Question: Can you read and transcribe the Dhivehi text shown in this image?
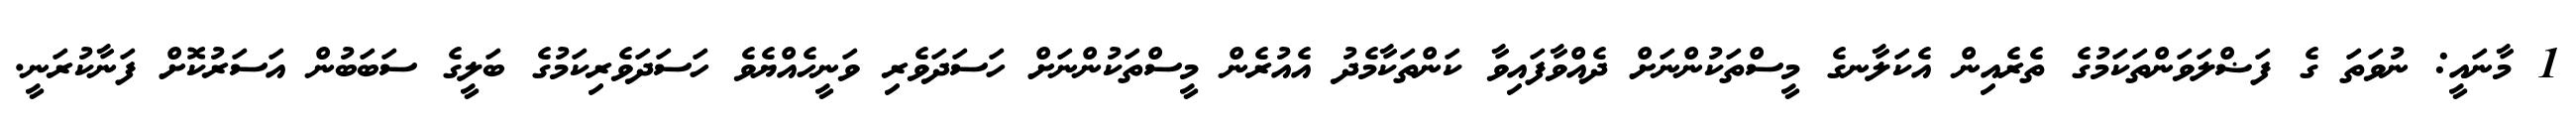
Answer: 1 މާނައީ: ނުވަތަ ގެ ފަޟްލަވަންތަކަމުގެ ތެރެއިން އެކަލާނގެ މީސްތަކުންނަށް ދެއްވާފައިވާ ކަންތަކާމެދު އެއުރެން މީސްތަކުންނަށް ހަސަދަވެރި ވަނީހެއްޔެވެ ހަސަދަވެރިކަމުގެ ބަލީގެ ސަބަބުން އަސަރުކޮށް ފަނާކުރަނީ.